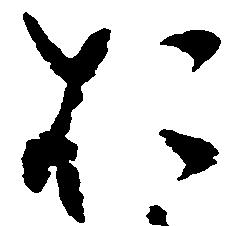
於